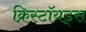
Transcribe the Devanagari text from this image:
क्रिस्टॉयड्स